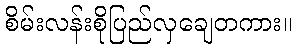
စိမ်းလန်းစိုပြည်လှချေတကား။